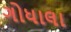
ગોધાલા